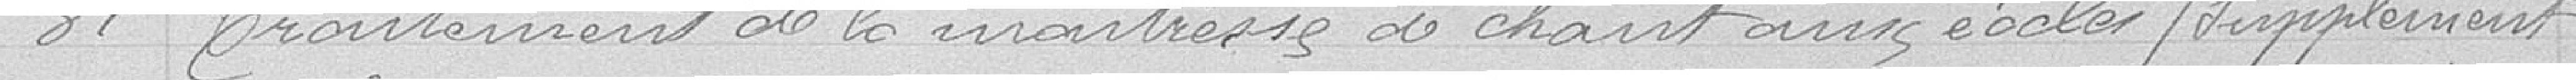
31 Traitement de la maitresse de chant aux écoles (supplément)